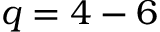
q = 4 - 6